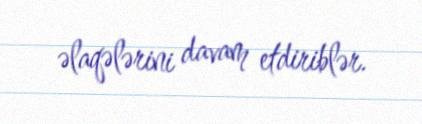
əlaqələrini davam etdiriblər.